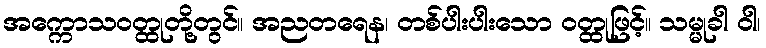
အက္ကောသဝတ္ထုတို့တွင်။ အညတရေန၊ တစ်ပါးပါးသော ဝတ္ထုဖြင့်။ သမ္မုခါ ဝါ၊